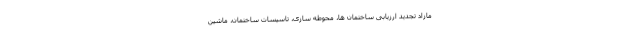
مازاد تجدید ارزیابی ساختمان ها، محوطه سازی، تاسیسات ساختمان، ماشین